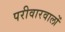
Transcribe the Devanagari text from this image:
परीवारवालों